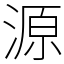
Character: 源